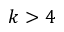
k > 4